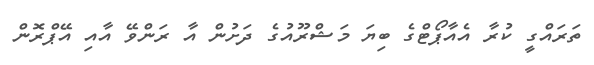
ތަރައްގީ ކުރާ އެއާޕޯޓްގެ ބިޔަ މަޝްރޫއުގެ ދަށުން އާ ރަންވޭ އާއި އޭޕްރޮން